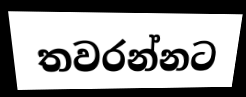
තවරන්නට